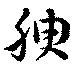
腴